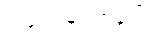
ကလေးများအပေါ်